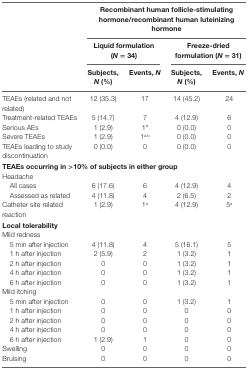
<table><thead><tr><td></td><td colspan="4"><b>Recombinant human follicle-stimulating hormone/recombinant human luteinizing hormone</b></td></tr><tr><td></td><td colspan="2"><b>Liquid formulation (<i>N</i> = 34)</b></td><td colspan="2"><b>Freeze-dried formulation (<i>N</i> = 31)</b></td></tr><tr><td></td><td><b>Subjects, <i>N</i> (%)</b></td><td><b>Events, <i>N</i></b></td><td><b>Subjects, <i>N</i> (%)</b></td><td><b>Events, <i>N</i></b></td></tr></thead><tbody><tr><td>TEAEs (related and not related)</td><td>12 (35.3)</td><td>17</td><td>14 (45.2)</td><td>24</td></tr><tr><td>Treatment-related TEAEs</td><td>5 (14.7)</td><td>7</td><td>4 (12.9)</td><td>6</td></tr><tr><td>Serious AEs</td><td>1 (2.9)</td><td>1<sup>a</sup></td><td>0 (0.0)</td><td>0</td></tr><tr><td>Severe TEAEs</td><td>1 (2.9)</td><td>1<sup>a</sup><sup>,</sup><sup>b</sup></td><td>0 (0.0)</td><td>0</td></tr><tr><td>TEAEs leading to study discontinuation</td><td>0 (0.0)</td><td>0</td><td>0 (0.0)</td><td>0</td></tr><tr><td colspan="5"><b>TEAEs occurring in &gt;10% of subjects in either group</b></td></tr><tr><td colspan="5">Headache</td></tr><tr><td> All cases</td><td>6 (17.6)</td><td>6</td><td>4 (12.9)</td><td>4</td></tr><tr><td> Assessed as related</td><td>4 (11.8)</td><td>4</td><td>2 (6.5)</td><td>2</td></tr><tr><td>Catheter site related reaction</td><td>1 (2.9)</td><td>1<sup>a</sup></td><td>4 (12.9)</td><td>5<sup>a</sup></td></tr><tr><td colspan="5"><b>Local tolerability</b></td></tr><tr><td colspan="5">Mild redness</td></tr><tr><td> 5 min after injection</td><td>4 (11.8)</td><td>4</td><td>5 (16.1)</td><td>5</td></tr><tr><td> 1 h after injection</td><td>2 (5.9)</td><td>2</td><td>1 (3.2)</td><td>1</td></tr><tr><td> 2 h after injection</td><td>0</td><td>0</td><td>1 (3.2)</td><td>1</td></tr><tr><td> 4 h after injection</td><td>0</td><td>0</td><td>1 (3.2)</td><td>1</td></tr><tr><td> 6 h after injection</td><td>0</td><td>0</td><td>1 (3.2)</td><td>1</td></tr><tr><td colspan="5">Mild itching</td></tr><tr><td> 5 min after injection</td><td>0</td><td>0</td><td>1 (3.2)</td><td>1</td></tr><tr><td> 1 h after injection</td><td>0</td><td>0</td><td>0</td><td>0</td></tr><tr><td> 2 h after injection</td><td>0</td><td>0</td><td>0</td><td>0</td></tr><tr><td> 4 h after injection</td><td>0</td><td>0</td><td>0</td><td>0</td></tr><tr><td> 6 h after injection</td><td>1 (2.9)</td><td>1</td><td>0</td><td>0</td></tr><tr><td>Swelling</td><td>0</td><td>0</td><td>0</td><td>0</td></tr><tr><td>Bruising</td><td>0</td><td>0</td><td>0</td><td>0</td></tr></tbody></table>